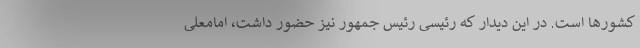
کشورها است. در این دیدار که رئیسی رئیس جمهور نیز حضور داشت، امامعلی